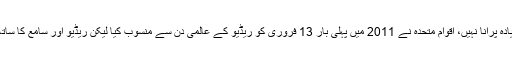
یوں تو ریڈیو کے عالمی دن کا ابتدا زیادہ پرانا نہیں، اقوام متحدہ نے 2011 میں پہلی بار 13 فروری کو ریڈیو کے عالمی دن سے منسوب کیا لیکن ریڈیو اور سامع کا ساتھ بہت پرانا اور دیرپا سمجھا جاتا ہے۔